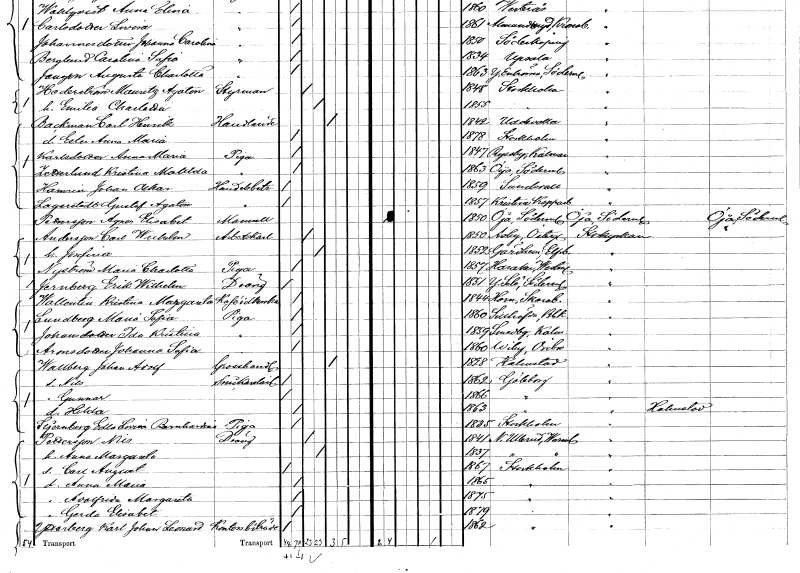
gt_parse: households: individuals: FN: Anna Maria
EN: Karlsdotter
YRKE: Piga
KON: K
CIV: O
FODAR: 1847
FODFORS: Ryssby Kalmar län
FN: Kristina Matilda
EN: Zetterlund
YRKE: Piga
KON: K
CIV: O
FODAR: 1863
FODFORS: Öja Södermanlands län
FN: Johan Oskar
EN: Hamrin
YRKE: Handelsbiträde
KON: M
CIV: O
FODAR: 1859
FODFORS: Sundsvall Västernorrlands län
FN: Gustaf Agaton
EN: Lagerstedt
YRKE: Handelsbiträde
KON: M
CIV: O
FODAR: 1857
FODFORS: Kristine Falu Kopparbergs län
FN: Agnes Elisabet
EN: Pettersson
KON: K
CIV: O
FODAR: 1850
FODFORS: Öja Södermanlands län
FN: Carl Wilhelm
EN: Andersson
YRKE: Arbetskarl
KON: M
CIV: G
FODAR: 1850
FODFORS: Asby Östergötlands län
FN: Josefina
KON: K
CIV: G
FODAR: 1852
FODFORS: Gärdhem Älvsborgs län
FN: Maria Charlotta
EN: Nyström
YRKE: Piga
KON: K
CIV: O
FODAR: 1857
FODFORS: Haraker Västmanlands län
FN: Erik Wilhelm
EN: Jernberg
YRKE: Dräng
KON: M
CIV: O
FODAR: 1851
FODFORS: Ytterselö Södermanlands län
FN: Kristina Mazganta
EN: Wallentin
YRKE: Kaféidkerska
KON: K
CIV: O
FODAR: 1844
FODFORS: Horn Skaraborgs län
FN: Maria Sofia
EN: Lundberg
YRKE: Piga
KON: K
CIV: O
FODAR: 1860
FODFORS: Sillhövda Blekinge län
FN: Ida Kristina
EN: Johansdotter
YRKE: Piga
KON: K
CIV: O
FODAR: 1859
FODFORS: Smedby Kalmar län
FN: Johanna Sofia
EN: Aronsdotter
YRKE: Piga
KON: K
CIV: O
FODAR: 1860
FODFORS: Viby Örebro län
FN: Johan Adolf
EN: Wallberg
YRKE: Grosshandlare
KON: M
CIV: E
FODAR: 1828
FODFORS: Halmstad Hallands län
FN: Nils
YRKE: Snickarelärling
KON: M
CIV: O
FODAR: 1862
FODFORS: Göteborg Göteborgs- och Bohuslän
FN: Gunnar
KON: M
CIV: O
FODAR: 1866
FODFORS: Göteborg Göteborgs- och Bohuslän
FN: Hilda
KON: K
CIV: O
FODAR: 1863
FODFORS: Göteborg Göteborgs- och Bohuslän
FN: Edla Lovisa Bernhardina
EN: Stjernberg
YRKE: Piga
KON: K
CIV: O
FODAR: 1835
FODFORS: Stockholm
FN: Nils
EN: Pettersson
YRKE: Dräng
KON: M
CIV: G
FODAR: 1841
FODFORS: Nedre Ullerud Värmlands län
FN: Anna Margareta
KON: K
CIV: G
FODAR: 1837
FODFORS: Nedre Ullerud Värmlands län
FN: Carl August
KON: M
CIV: O
FODAR: 1867
FODFORS: Stockholm
FN: Anna Maria
KON: K
CIV: O
FODAR: 1865
FODFORS: Stockholm
FN: Adolfrida Margareta
KON: K
CIV: O
FODAR: 1875
FODFORS: Stockholm
FN: Gerda Elisabet
KON: K
CIV: O
FODAR: 1879
FODFORS: Stockholm
FN: Karl Johan Leonard
EN: Ytterberg
YRKE: Kontorsbiträde
KON: M
CIV: O
FODAR: 1862
FODFORS: Stockholm